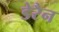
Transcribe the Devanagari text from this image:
डेरैन